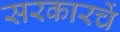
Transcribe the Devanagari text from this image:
सरकारचें